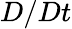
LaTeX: D/Dt